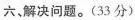
六、解决问题。(33分)